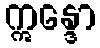
ဣန္ဒော